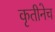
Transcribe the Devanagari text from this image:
कृतीनेच